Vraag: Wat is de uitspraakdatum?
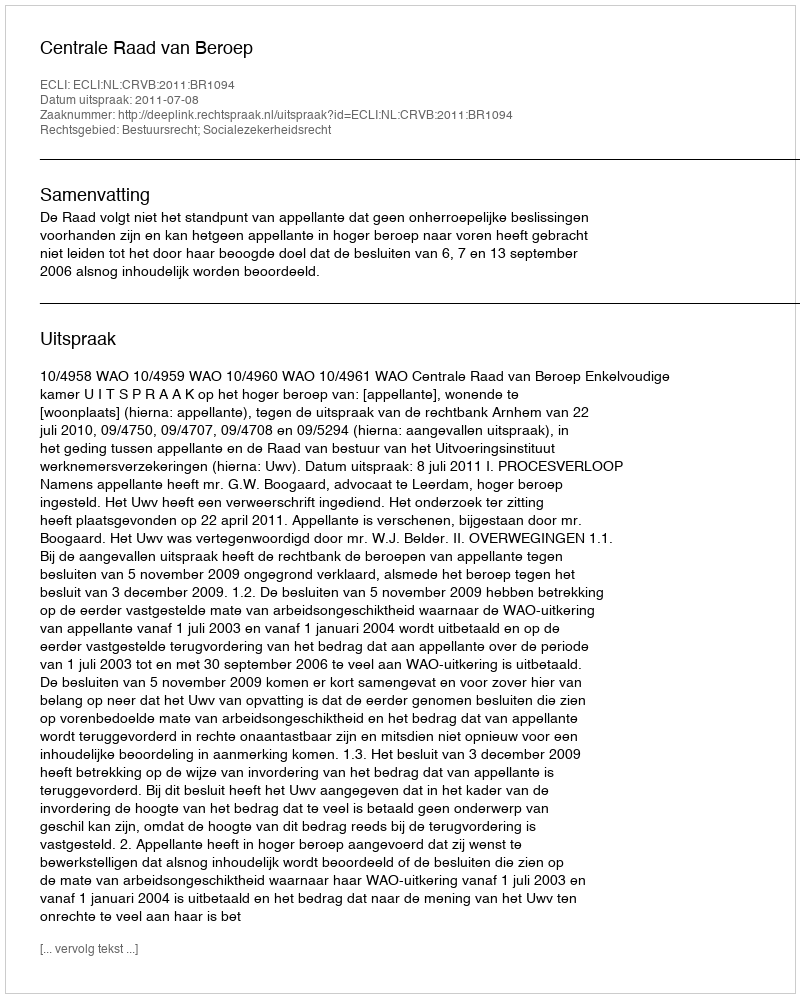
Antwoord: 2011-07-08